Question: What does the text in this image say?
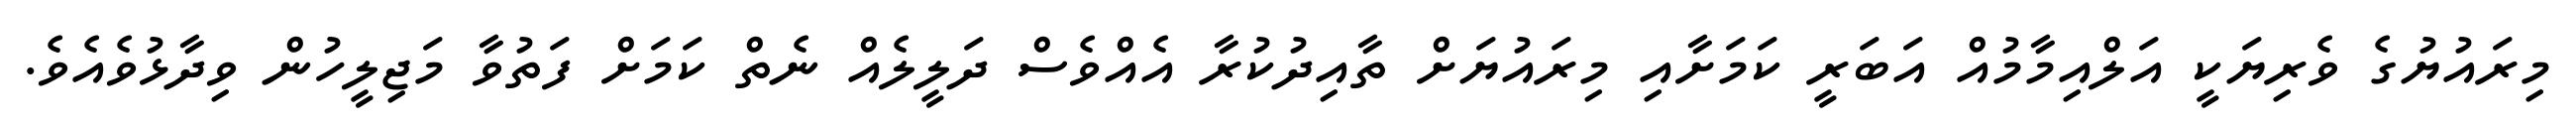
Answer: މިރައުޔުގެ ވެރިޔަކީ އަލްއިމާމުއް އަބަރީ ކަމަށާއި މިރައުޔަށް ތާއިދުކުރާ އެއްވެސް ދަލީލެއް ނެތް ކަމަށް ފަތުވާ މަޖިލީހުން ވިދާޅުވެއެވެ.